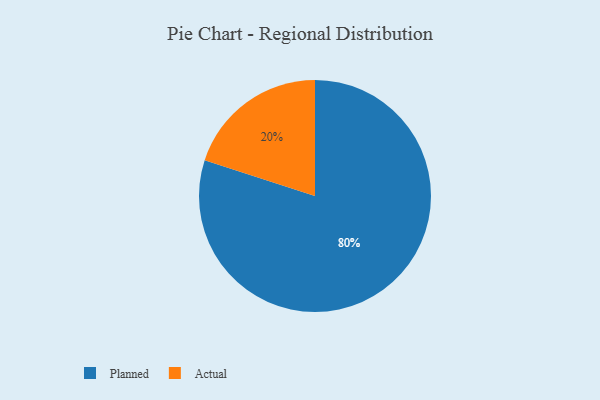
{"axis": {"x": "Category", "y": "Percentage"}, "legend": ["Actual", "Planned"], "data": [{"x": "Actual", "y": 20, "type": "Actual"}, {"x": "Planned", "y": 80, "type": "Planned"}]}